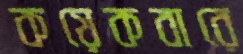
কয়েকবারে